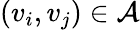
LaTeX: (v_{i},v_{j})\in\mathcal{A}